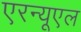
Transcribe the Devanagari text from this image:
एरन्‍यूएल